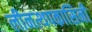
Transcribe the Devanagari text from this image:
लीनत्थपकासिनी